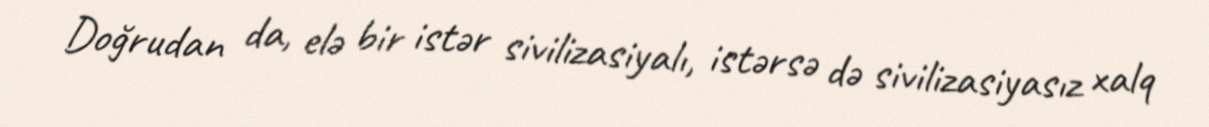
Doğrudan da, elə bir istər sivilizasiyalı, istərsə də sivilizasiyasız xalq